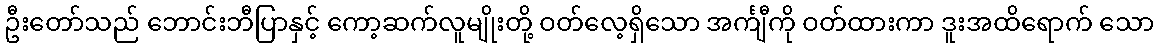
ဦးတော်သည် ဘောင်းဘီပြာနှင့် ကော့ဆက်လူမျိုးတို့ ဝတ်လေ့ရှိသော အင်္ကျီကို ဝတ်ထားကာ ဒူးအထိရောက် သော